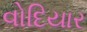
વોદિયાર